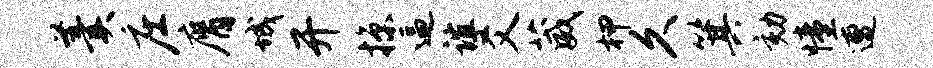
羹庄膺城开掠逼谊爻葳柙久箕劾憧遭